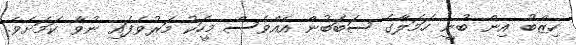
ހިޒްބު އިން ބުނީ ހަމަލާގެ ސަބަބުން އެއްވެސް މީހަކު މަރުވެފައި ނުވާ ކަމަށެވެ.